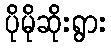
ပိုမိုဆိုးရွား